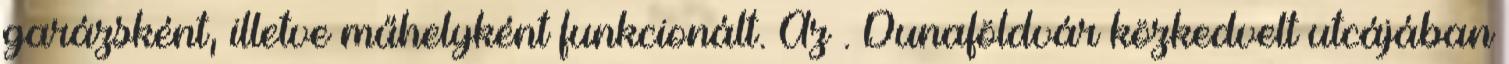
garázsként, illetve műhelyként funkcionált. Az . Dunaföldvár közkedvelt utcájában